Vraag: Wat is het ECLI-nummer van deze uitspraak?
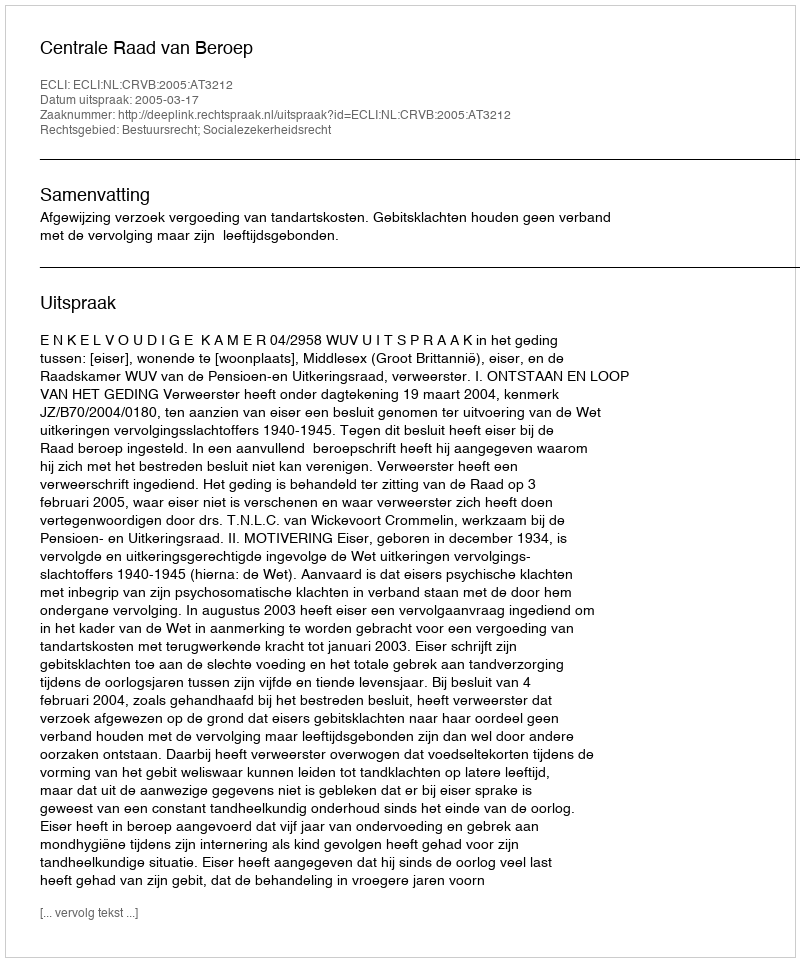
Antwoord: ECLI:NL:CRVB:2005:AT3212